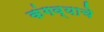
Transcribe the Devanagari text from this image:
कंगव्याचे